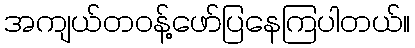
အကျယ်တဝန့်ဖော်ပြနေကြပါတယ်။